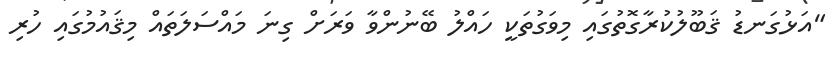
"އަޅުގަނޑު ޤަބޫލުކުރާގޮތުގައި މިވަގުތަކީ ހައްލު ބޭނުންވާ ވަރަށް ގިނަ މައްސަލަތައް މިޤައުމުގައި ހުރި